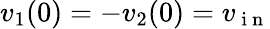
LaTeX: v_{1}(0)=-v_{2}(0)=v_{\mathrm{~i~n~}}